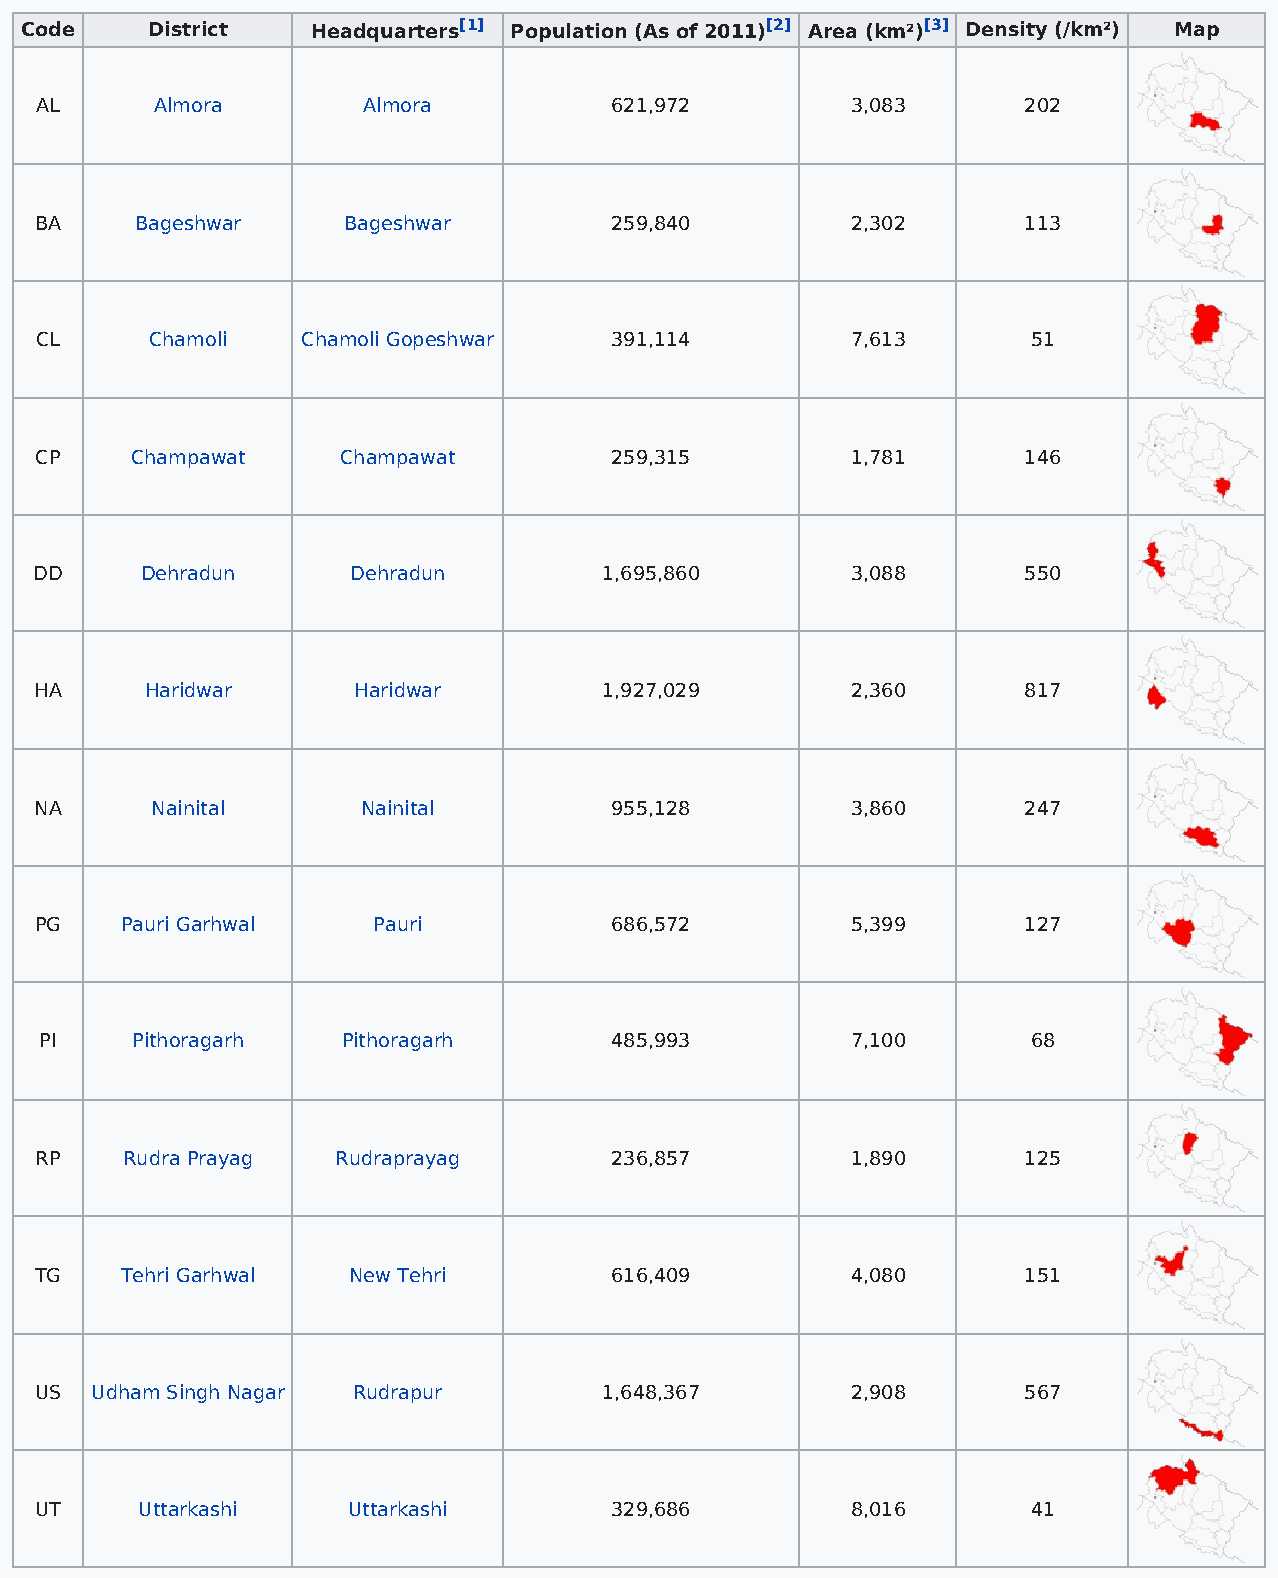
Code     District   Headquarters[1] Population (As of 2011)[2] Area (km²)[3] Density (/km²) Map
 AL      Almora        Almora          621,972         3,083       202
 BA     Bageshwar     Bageshwar        259,840         2,302       113
 CL      Chamoli   Chamoli Gopeshwar   391,114         7,613       51
 CP     Champawat    Champawat         259,315         1,781       146
 DD     Dehradun      Dehradun         1,695,860       3,088       550
 HA      Haridwar     Haridwar         1,927,029       2,360       817
 NA      Nainital      Nainital        955,128         3,860       247
 PG    Pauri Garhwal    Pauri          686,572         5,399       127
 PI    Pithoragarh   Pithoragarh      485,993         7,100       68
 RP    Rudra Prayag  Rudraprayag       236,857         1,890       125
 TG    Tehri Garhwal  New Tehri        616,409         4,080       151
 US  Udham Singh Nagar Rudrapur        1,648,367       2,908       567
 UT     Uttarkashi    Uttarkashi       329,686         8,016       41